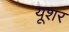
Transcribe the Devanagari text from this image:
यूशर